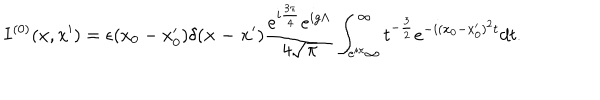
I ^ { ( 0 ) } ( x , x ^ { \prime } ) = \epsilon ( x _ { 0 } - x _ { 0 } ^ { \prime } ) \delta ( { \bf x - x ^ { \prime } } ) \frac { e ^ { i \frac { 3 \pi } { 4 } } e ^ { i g \Lambda } } { 4 \sqrt { \pi } } \int _ { e ^ { i \pi } \infty } ^ { \infty } t ^ { - \frac { 3 } { 2 } } e ^ { - i ( x _ { 0 } - x _ { 0 } ^ { \prime } ) ^ { 2 } t } d t .